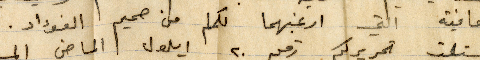
والعافية التي ارغبها لكم من صميم الفؤاد.